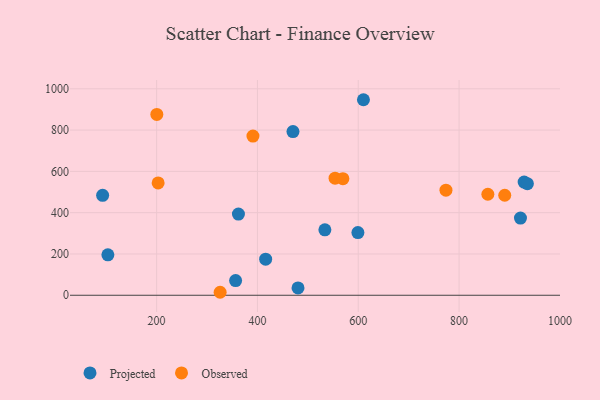
{"axis": {"x": "Speed", "y": "Exam Score"}, "legend": ["Observed", "Projected"], "data": [{"x": "929.1", "y": 548.1, "type": "Projected"}, {"x": "610.3", "y": 947.1, "type": "Projected"}, {"x": "935.5", "y": 540.4, "type": "Projected"}, {"x": "921.8", "y": 373.6, "type": "Projected"}, {"x": "92.9", "y": 484.0, "type": "Projected"}, {"x": "470.5", "y": 792.7, "type": "Projected"}, {"x": "480.5", "y": 35.3, "type": "Projected"}, {"x": "533.8", "y": 317.1, "type": "Projected"}, {"x": "356.7", "y": 71.2, "type": "Projected"}, {"x": "599.3", "y": 303.4, "type": "Projected"}, {"x": "416.3", "y": 174.9, "type": "Projected"}, {"x": "103.3", "y": 195.7, "type": "Projected"}, {"x": "362.3", "y": 393.2, "type": "Projected"}, {"x": "774.0", "y": 509.1, "type": "Observed"}, {"x": "554.0", "y": 567.3, "type": "Observed"}, {"x": "200.4", "y": 875.7, "type": "Observed"}, {"x": "890.6", "y": 484.3, "type": "Observed"}, {"x": "203.0", "y": 544.0, "type": "Observed"}, {"x": "326.0", "y": 14.4, "type": "Observed"}, {"x": "391.1", "y": 771.0, "type": "Observed"}, {"x": "569.5", "y": 564.9, "type": "Observed"}, {"x": "857.1", "y": 489.3, "type": "Observed"}]}